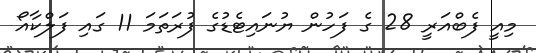
މިއީ ފެބްއަރީ 28 ގެ ފަހުން ޔުނައިޓެޑުގެ ފުރަތަަމަ 11 ގައި ފަލްކާއޯ